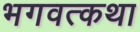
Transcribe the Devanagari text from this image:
भगवत्कथा